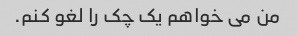
من می خواهم یک چک را لغو کنم.